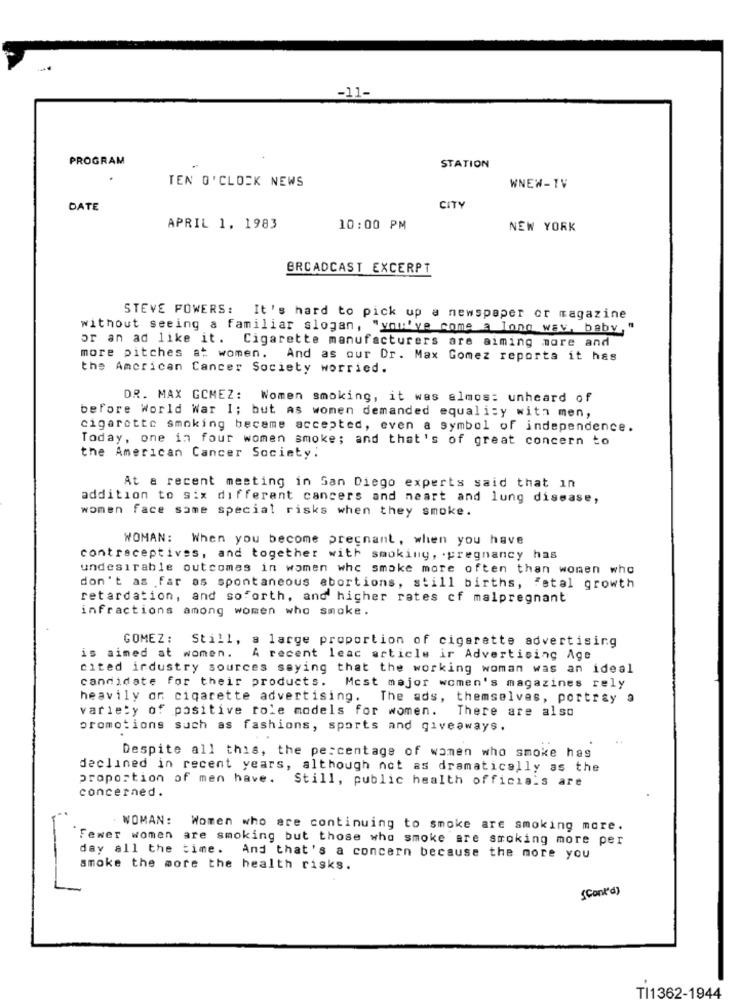
-11-
PROGRAM
STATION
TEN O'CLOCK NEWS
WNEW-TV
DATE
CITY
APRIL 1, 1983
10:00 PM
NEW YORK
BRCADCAST EXCERPT
STEVE POWERS: It's hard to pick up a newspaper or magazine
without seeing a familiar slogan, "you've come a long way, baby,"
or an ad like it.
Cigarette manufacturers are aiming more and
more pitches at women.
And as our Dr. Max Gomez reporta it has
the American Cancer Society worried.
DR. MAX GOMEZ: Women smoking, it was almos: unheard of
before World War I; but as women demanded equality with men,
cigarette smoking became accepted, even a symbol of independence.
Today, one in four women smoke; and that's of great concern to
the American Cancer Society:
At a recent meeting in San Diego experts said that in
addition to six different cancers and neart and lung disease,
women face same special risks when they smoke.
WOMAN: When you become pregnant, when you have
contraceptives, and together with smoking, . pregnancy has
undesirable outcomes in women whe smoke more often than women who
don't as far as spontaneous abortions, still births, fatal growth
retardation, and soforth, and higher rates cf malpregnant
infractions among women who smoke.
GOMEZ: Still, a large proportion of cigarette advertising
is aimed at women. A recent leac article ir Advertising Age
cited industry sources saying that the working woman was an ideal
candidate for their products. Most major women's magazines rely
heavily on cigarette advertising. The ads, themselves, portray a
variety of positive role models for women.
There are also
promotions such as fashions, sports and giveaways.
Despite all this, the percentage of women who smoke has
declined in recent years, although not as dramatically as the
proportion of men have.
Still, public health officials are
concerned.
.WOMAN:
Women who are continuing to smoke are smoking more.
Fewer women are smoking but those who smoke are smoking more per
day all the time. And that's a concern because the more you
smoke the more the health risks.
(Cont'd)
TI1362-1944